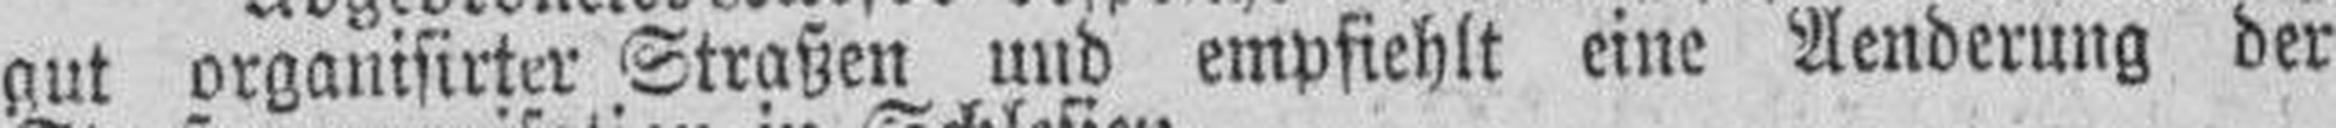
gut organisirter Straßen und empfiehlt eine Aenderung der